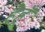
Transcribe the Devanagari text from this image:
हैहूँ